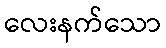
လေးနက်သော